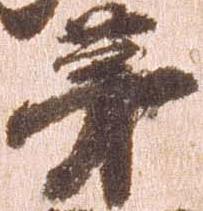
第